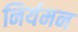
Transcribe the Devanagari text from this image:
निर्यमन